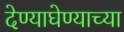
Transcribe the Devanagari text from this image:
देण्याघेण्याच्या